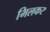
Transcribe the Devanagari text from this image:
मिलकर